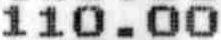
110.00